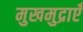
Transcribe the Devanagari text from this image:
मुखमुद्राएँ